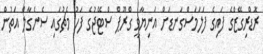
ރޮޑްރިގޭޒްގެ ފައިގެ ފަލަމަސްގަނޑަށް އަނިޔާވީ ގްރޫޕް ސްޓޭޖުގެ ފަހު މެޗުގައި ސެނެގާލް އަތުން